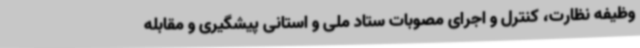
وظیفه نظارت، کنترل و اجرای مصوبات ستاد ملی و استانی پیشگیری و مقابله